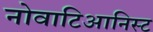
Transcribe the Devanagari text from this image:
नोवाटिआनिस्ट